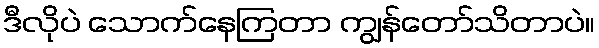
ဒီလိုပဲ သောက်နေကြတာ ကျွန်တော်သိတာပဲ။